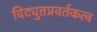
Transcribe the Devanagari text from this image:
विद्युतप्रवर्तकत्व